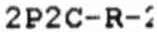
2P2C-R-2